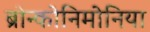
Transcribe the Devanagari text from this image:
ब्रोन्कोनिमोनिया